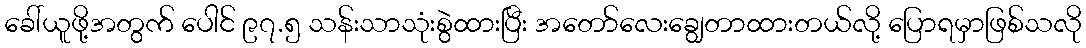
ခေါ်ယူဖို့အတွက် ပေါင် ၉၇.၅ သန်းသာသုံးစွဲထားပြီး အတော်လေးချွေတာထားတယ်လို့ ပြောရမှာဖြစ်သလို